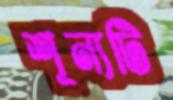
শূন্যটি